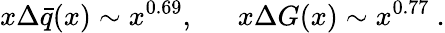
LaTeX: x\Delta\bar{q}(x)\sim x^{0.69},~~~~~~x\Delta G(x)\sim x^{0.77}~.